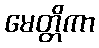
မေတ္တိကာ